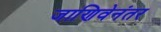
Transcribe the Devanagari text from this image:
जाणिवेनंतर